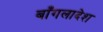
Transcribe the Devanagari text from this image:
बाँगलादेश